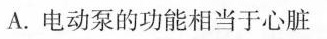
A.电动泵的功能相当于心脏